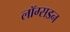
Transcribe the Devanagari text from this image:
लाॅग्सडन